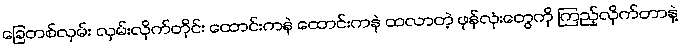
ခြေတစ်လှမ်း လှမ်းလိုက်တိုင်း ထောင်းကနဲ ထောင်းကနဲ ထလာတဲ့ ဖုန်လုံးတွေကို ကြည့်လိုက်တာနဲ့